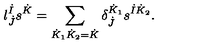
l _ { \dot { J } } ^ { \dot { I } } s ^ { \dot { K } } = \sum _ { \dot { K } _ { 1 } \dot { K } _ { 2 } = \dot { K } } \delta _ { \dot { J } } ^ { \dot { K } _ { 1 } } s ^ { \dot { I } \dot { K } _ { 2 } } .